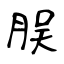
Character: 脵